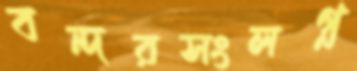
বন্দরসংলগ্ন